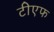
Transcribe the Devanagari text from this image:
टीएफ